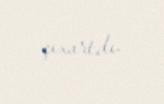
çıxartdı.